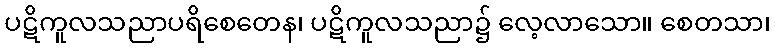
ပဋိကူလသညာပရိစေတေန၊ ပဋိကူလသညာ၌ လေ့လာသော။ စေတသာ၊